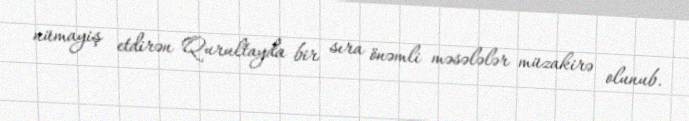
nümayiş etdirən Qurultayda bir sıra önəmli məsələlər müzakirə olunub.